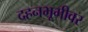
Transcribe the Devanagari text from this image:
दहनभूमीवर